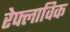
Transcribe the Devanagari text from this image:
रेफ्लाविक